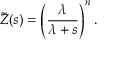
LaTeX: { \widetilde { Z } } ( s ) = \left( { \frac { \lambda } { \lambda + s } } \right) ^ { n } .